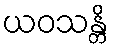
ယဝသန္တိ